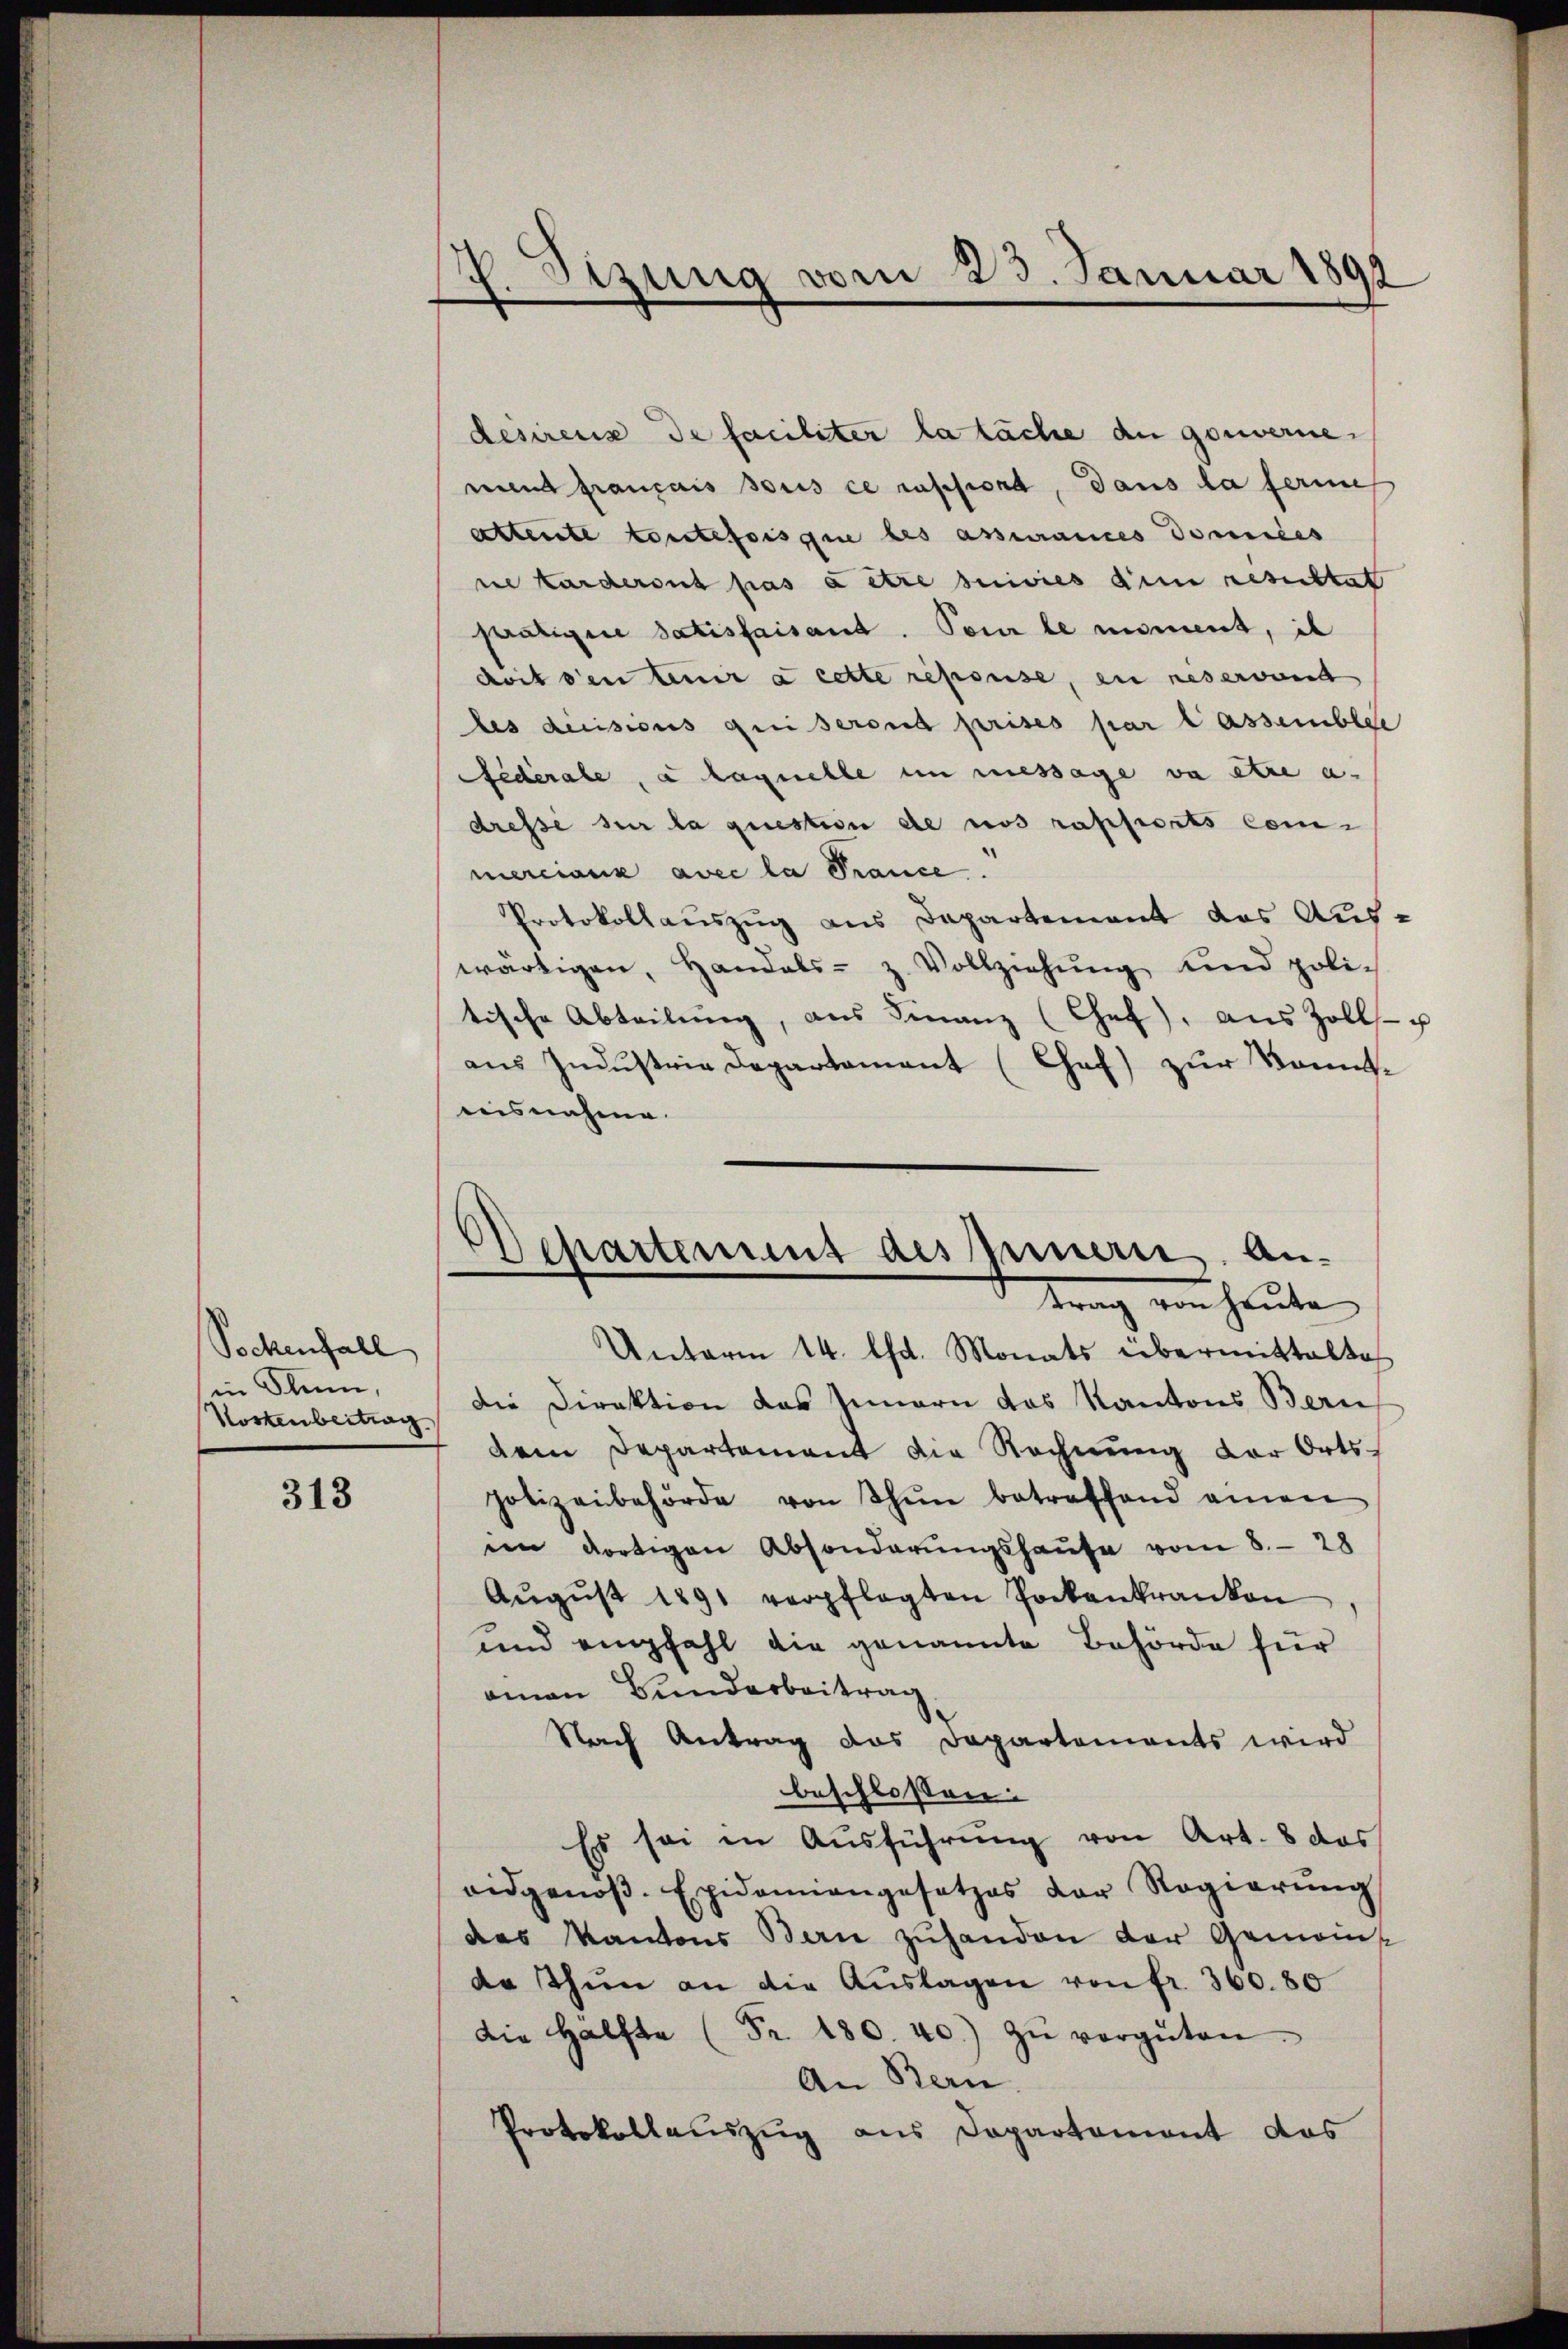
Sockenfall
in Flum,
Kostenbeitrag

313

7. Sezung vom 23. Januar 1892

desirenz de faciliter la läche du gouvernemend français sous ce russion, dans la ferie
attente toutefois que des assurances domices
ne Karderont pas à être suivies dem resultat
prätigen Satisfaisant. Pour le moment, il
doit den teuer à cette repouse, en reservand
les decisions qui seront prises par lassemblet
édérale, à laquelle in message va etze a
dresse sur la question de nos rapports Com-
merciaux avec la Trance.
Protokollauszug aus Departement das Aufwärtigen, Handels- z. Vollziehŭng und poli-
tische Abteilŭng, aus Finanz (Chef, aus Zoll- u
aus Industrie Departament (Chef) zur Kenntausnahme
Unterm 14. lt. Monats übermittalte
Die Direktion das Innern das Kantons Bern
dem Departement die Rechnung der Ortspolizeibehörde von Thun betreffend einen
n dortigen Absonderŭngshaŭse vom 8. 28
Aŭgŭst 1891 verpflegten Pockenkranken
und empfahl die genannte Behörde für
ainen Bunderbeitrag
Nach Antrag das Departements wird
beschlossen:
Es sei in Aŭsführŭng von Art. 8 das
eidgenöβ. Epidemiengesetzes der Regierŭng
des Kantons Bau zuhanden der Gemeinda thŭn an die Aŭslagen von fr. 360. 80
Die Hälfte (Fr. 180. 40. zŭ vergüten.
An Bern.
Protokollauszug aus Departement das

chartement des Innern. Antrag von heute